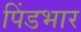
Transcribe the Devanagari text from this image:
पिंडभार